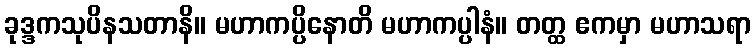
ခုဒ္ဒကသုပိနသတာနိ။ မဟာကပ္ပိနောတိ မဟာကပ္ပါနံ။ တတ္ထ ဧကမှာ မဟာသရာ